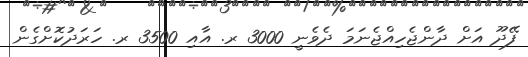
ފޭދޫ އަށް ދާންޖެހިއްޖެނަމަ ދެވެނީ 3000 ރ. އާއި 3500 ރ. ހަރަދުކޮށްގެން